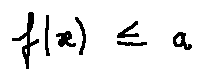
f ( x ) \leq a